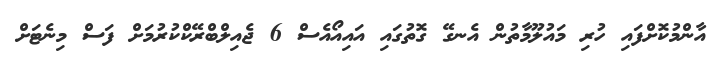
އާންމުކޮށްފައި ހުރި މައުލޫމާތުން އެނގޭ ގޮތުގައި އައިއޯއެސް 6 ޖެއިލްބްރޭކްކުރުމަށް ފަސް މިނެޓަށް